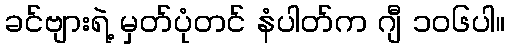
ခင်ဗျားရဲ့ မှတ်ပုံတင် နံပါတ်က ဂျီ ၁၀၆ပါ။